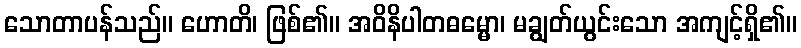
သောတာပန်သည်။ ဟောတိ၊ ဖြစ်၏။ အဝိနိပါတဓမ္မော၊ မချွတ်ယွင်းသော အကျင့်ရှိ၏။